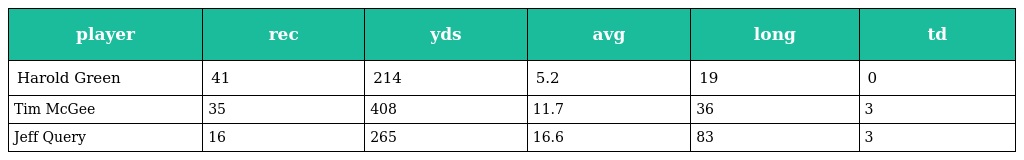
| player | rec | yds | avg | long | td |
 | --- | --- | --- | --- | --- | --- |
 | Harold Green | 41 | 214 | 5.2 | 19 | 0 |
 | Tim McGee | 35 | 408 | 11.7 | 36 | 3 |
 | Jeff Query | 16 | 265 | 16.6 | 83 | 3 |